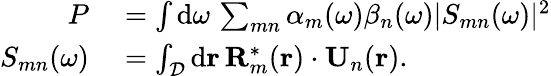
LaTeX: \begin{array}{rl}{P}&{{}=\int\mathrm{d}\omega\, \sum_{mn}\alpha_{m}(\omega)\beta_{n}(\omega)|S_{mn}(\omega)|^{2}}\\ {S_{mn}(\omega)}&{{}=\int_{\cal D}\mathrm{d}{\mathbf r}\, {\mathbf R}_{m}^{\ast}({\mathbf r})\cdot{\mathbf U}_{n}({\mathbf r}).}\end{array}